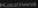
Kaziwa